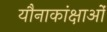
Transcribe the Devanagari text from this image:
यौनाकांक्षाओं